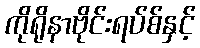
ကိုရိုနာဗိုင်းရပ်စ်နှင့်